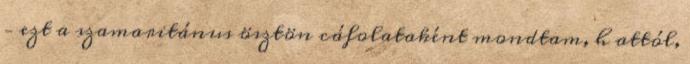
– ezt a szamaritánus ösztön cáfolataként mondtam, h attól,